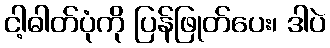
ငါ့ဓါတ်ပုံကို ပြန်ဖြုတ်ပေး၊ ဒါပဲ